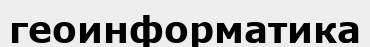
геоинформатика